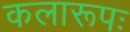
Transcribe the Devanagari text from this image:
कलारूपः